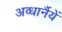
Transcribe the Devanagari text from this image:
अव्धार्नैयें